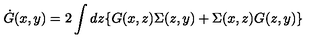
\dot { G } ( x , y ) = 2 \int d z \{ G ( x , z ) \Sigma ( z , y ) + \Sigma ( x , z ) G ( z , y ) \}